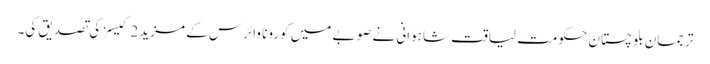
ترجمان بلوچستان حکومت لیاقت شاہوانی نے صوبے میں کورونا وائرس کے مزید 2 کیسز کی تصدیق کی۔